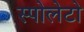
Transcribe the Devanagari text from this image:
स्पोलेटो